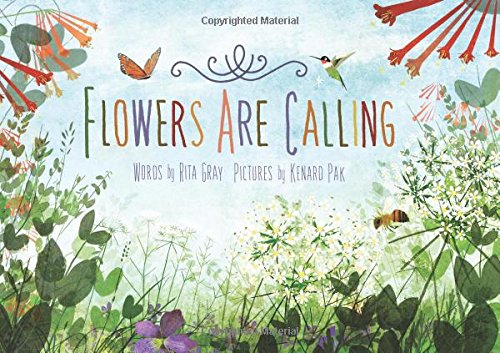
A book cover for Flowers Are Calling; Rita Gray; Children's Books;